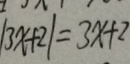
\vert 3 x + 2 \vert = 3 x + 2